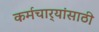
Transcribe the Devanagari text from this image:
कर्मचार्‍यांसाठी